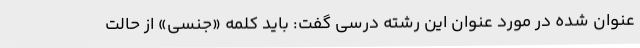
عنوان شده در مورد عنوان این رشته درسی گفت: باید کلمه «جنسی» از حالت